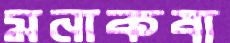
মনাকষা